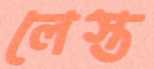
লেস্ত